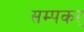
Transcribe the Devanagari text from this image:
सम्पकर्